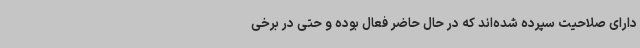
دارای صلاحیت سپرده شده‌اند که در حال حاضر فعال بوده و حتی در برخی